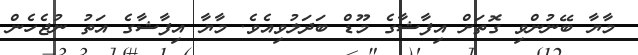
މާޔާ ބޭނުންވި ގޮތަށް އިފާޝާގެ މޫޑް ބަދަލުވިއެވެ. މާޔާ އިފާޝާގެ އަތު ނުޖެހެން